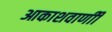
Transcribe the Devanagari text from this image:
आकाशवाणीी